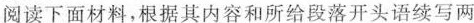
阅读下面材料,根据其内容和所给段落开头语续写两